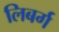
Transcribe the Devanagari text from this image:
लिबर्ग